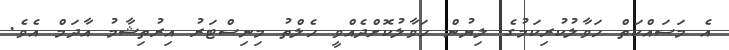
އެ މަސައްކަތް ހަވާލުކުރިކަމުގެ ލިޔުން ހަވާލުކޮށްދެއްވީ ހެލްތު މިނިސްޓަރު އިރުތިޝާމު އާދަމް އެވެ.